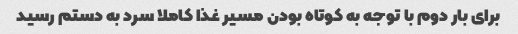
براى بار دوم با توجه به کوتاه بودن مسیر غذا کاملا سرد به دستم رسید